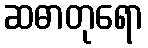
ဆဓာတုရော